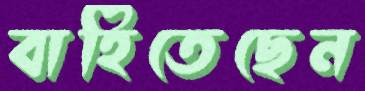
বাহিতেছেন